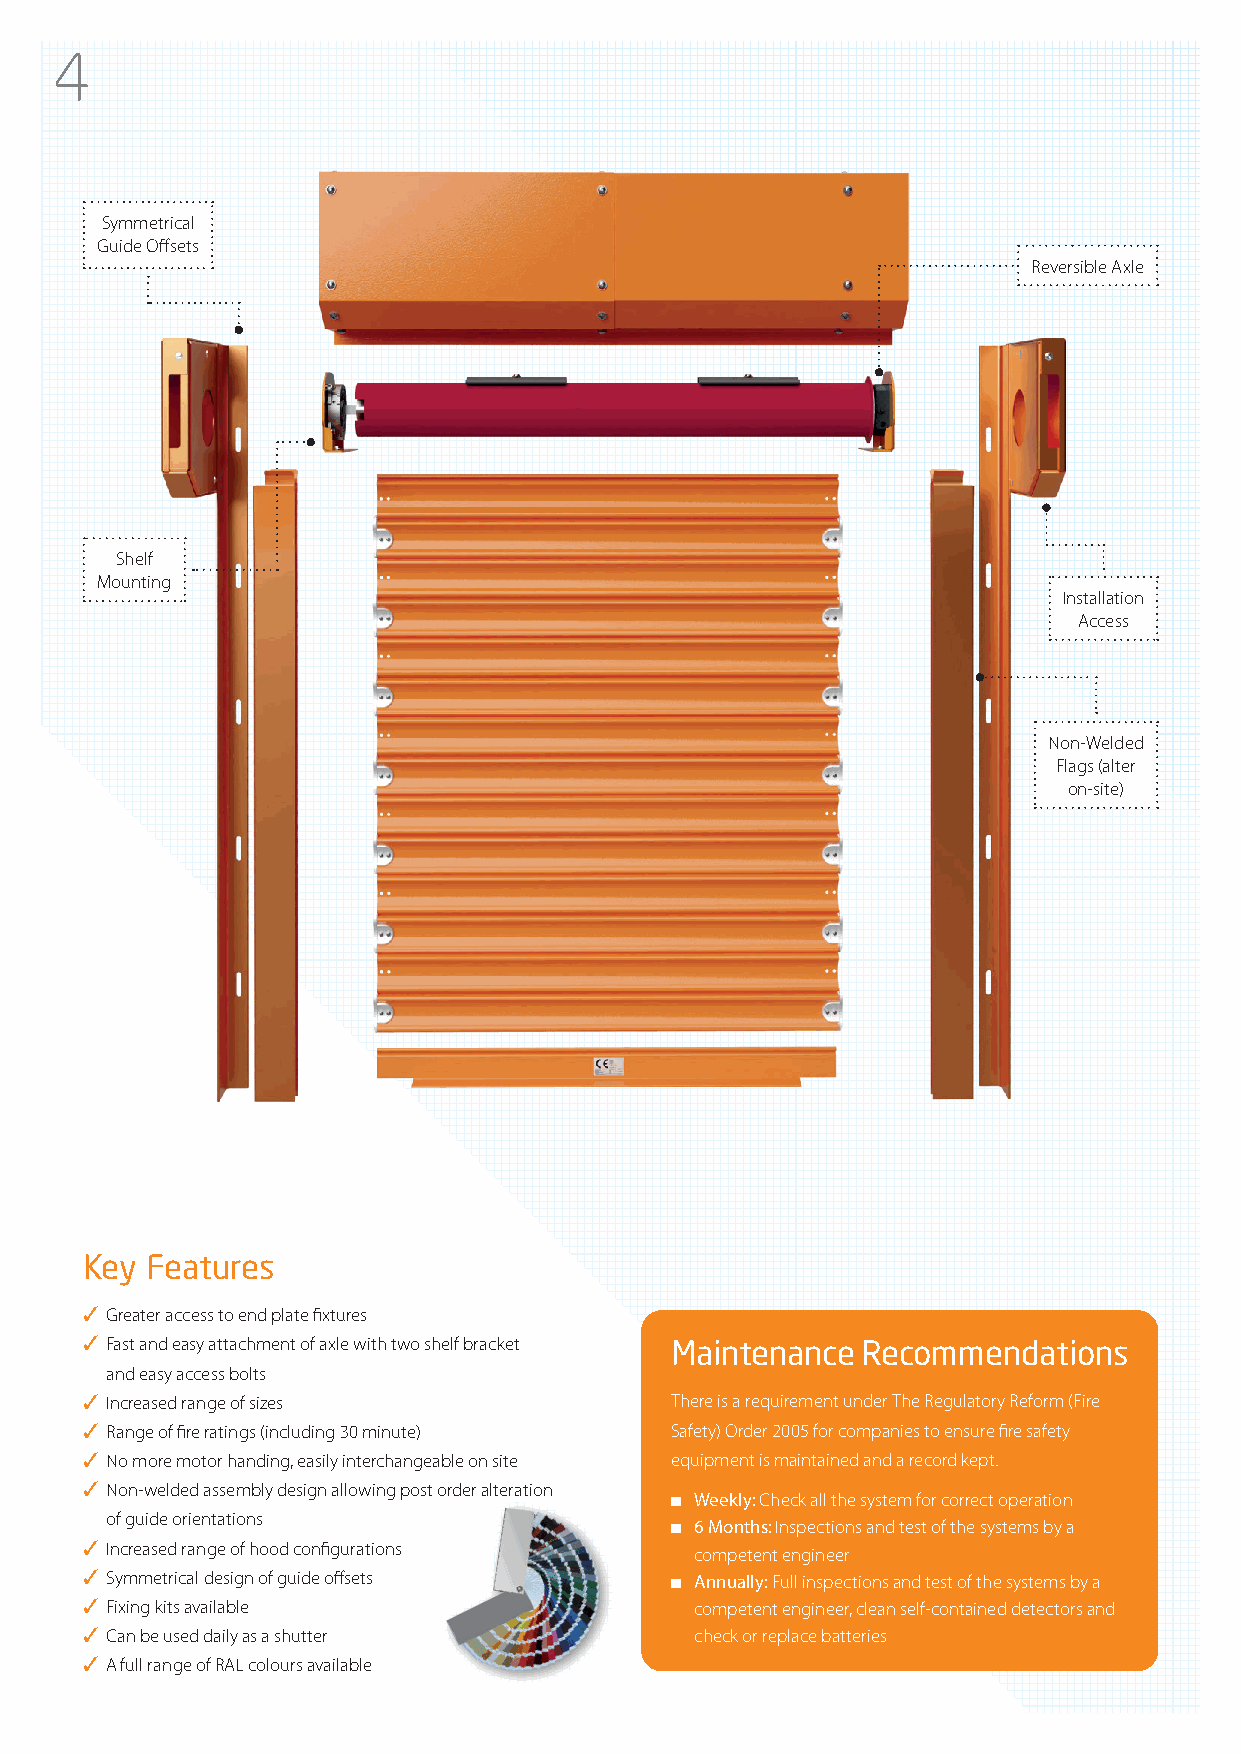
4
 Symmetrical
 Guide Offsets
 Reversible Axle
 Shelf
 Mounting
 Installation
 Access
 Non-Welded
 Flags (alter
 on-site)
 Key  Features
 ✓ Greater access to end plate fixtures
 ✓ Fast and easy attachment of axle with two shelf bracket Maintenance Recommendations
 and easy access bolts
 ✓ Increased range of sizes             There is a requirement under The Regulatory Reform (Fire
 ✓ Range of fire ratings (including 30 minute) Safety) Order 2005 for companies to ensure fire safety
 ✓ No more motor handing, easily interchangeable on site equipment is maintained and a record kept.
 ✓ Non-welded assembly design allowing post order alteration
 ■ Weekly: Check all the system for correct operation
 of guide orientations
 ■ 6 Months: Inspections and test of the systems by a
 ✓ Increased range of hood configurations competent engineer
 ✓ Symmetrical design of guide offsets  ■ Annually: Full inspections and test of the systems by a
 ✓ Fixing kits available                  competent engineer, clean self-contained detectors and
 ✓ Can be used daily as a shutter         check or replace batteries
 ✓ A full range of RAL colours available